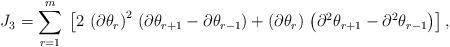
LaTeX: \begin{align*}J_3 =\sum_{r=1}^m\;\left[2\,\left(\partial\theta_r\right)^2\,\left(\partial\theta_{r+1}-\partial\theta_{r-1} \right) +\left(\partial\theta_r\right)\,\left(\partial^2\theta_{r+1}-\partial^2\theta_{r-1}\right)\right],\end{align*}